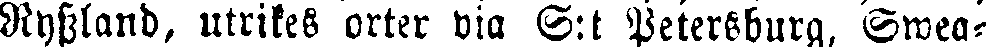
Ryssland, utrikes orter via S:t Petersburg, Swea-